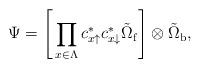
LaTeX: \begin{align*}\Psi=\Bigg[\prod_{x\in \Lambda} c_{x\uparrow}^*c_{x\downarrow}^*\tilde{\Omega}_{\mathrm{f}}\Bigg]\otimes \tilde{\Omega}_{\mathrm{b}},\end{align*}